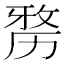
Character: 𠢐